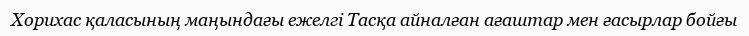
Хорихас қаласының маңындағы ежелгі Тасқа айналған ағаштар мен ғасырлар бойғы